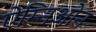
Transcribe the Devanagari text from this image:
ऐम्निओन